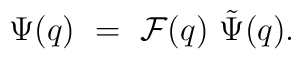
\Psi(q) ~= ~{\cal F}(q)~ \tilde{\Psi}(q).